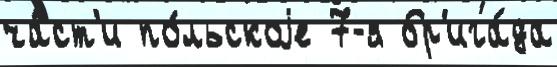
ча́ст'и по́льскоjе 7-я бр'ига́да